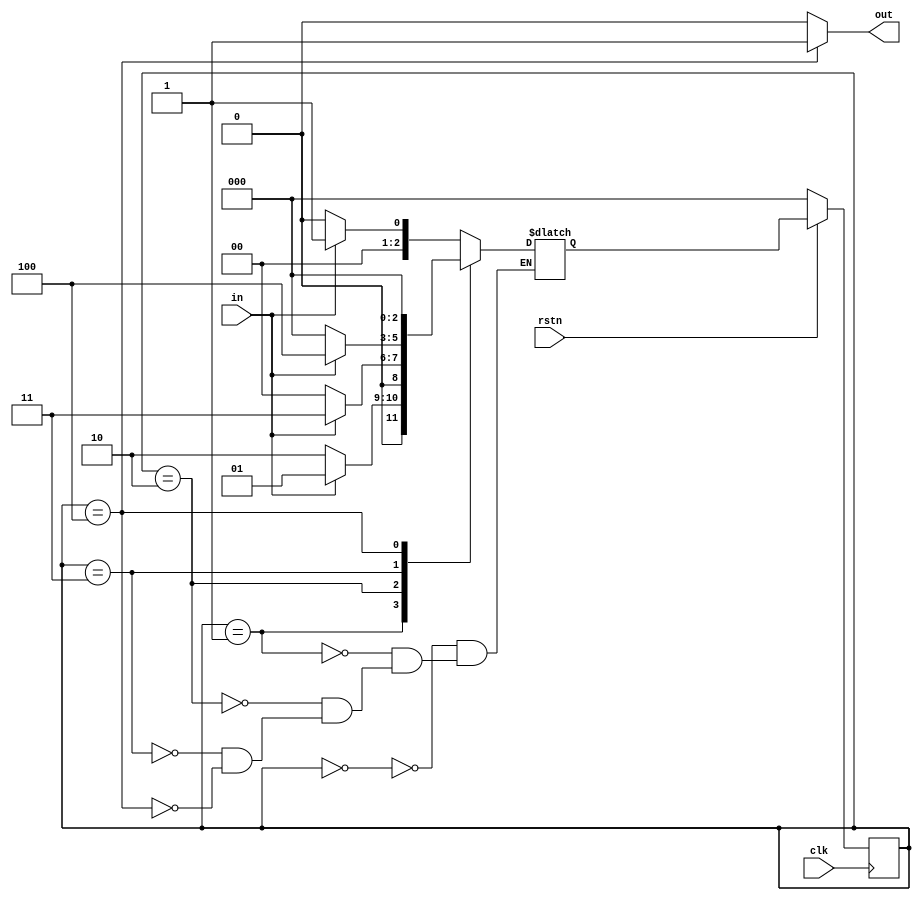
module det_1011 ( input clk,
                  input rstn,
                  input in,
                  output out );
    
    parameter IDLE 	= 0,
    			S1 		= 1,
    			S10 	= 2,
    			S101 	= 3,
    			S1011 	= 4;
    
    reg [2:0] cur_state, next_state;
    
    assign out = cur_state == S1011 ? 1 : 0;
    
    always @ (posedge clk) begin
        if (!rstn)
            cur_state <= IDLE;
        else 
            cur_state <= next_state;
    end
    
    always @ (cur_state or in) begin
        case (cur_state)
            IDLE : begin
                if (in) next_state = S1;
                else next_state = IDLE;
            end
            
            S1: begin
                // Designer assumed that if next input is 1,
                // state should start from IDLE. But he forgot
                // that it should stay in same state since it
                // already matched part of the pattern which 
                // is the starting "1"
                if (in) next_state = S1;// Fix for bug found in v1.0
                else 	next_state = S10;
            end
            
            S10 : begin
                if (in) next_state = S101;
                else 	next_state = IDLE;
            end
            
            S101 : begin
                if (in) next_state = S1011;
                else 	next_state = IDLE;
            end
            
            S1011: begin
             	next_state = IDLE;
            end
        endcase
    end
endmodule